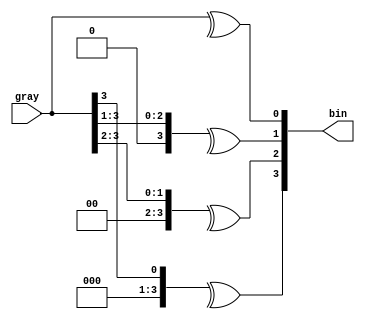
module gray2bin #
(
    parameter SIZE = 4
)
(
    input      [SIZE-1:0] gray,
    output reg [SIZE-1:0] bin
);

    integer k;

    always @* begin // combinational logic
        for (k = 0; k < SIZE; k = k+1) begin
            bin[k] = ^(gray >> k);
        end
    end


endmodule